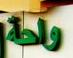
واحة